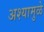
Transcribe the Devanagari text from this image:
अश्यामुळे